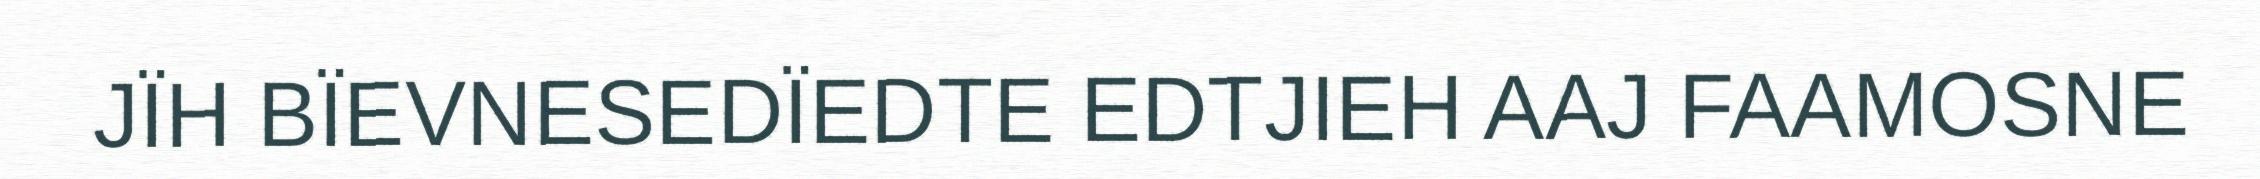
JÏH BÏEVNESEDÏEDTE EDTJIEH AAJ FAAMOSNE